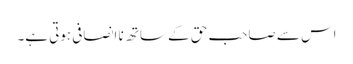
اس سے صاحب حق کے ساتھ نا انصافی ہوتی ہے۔